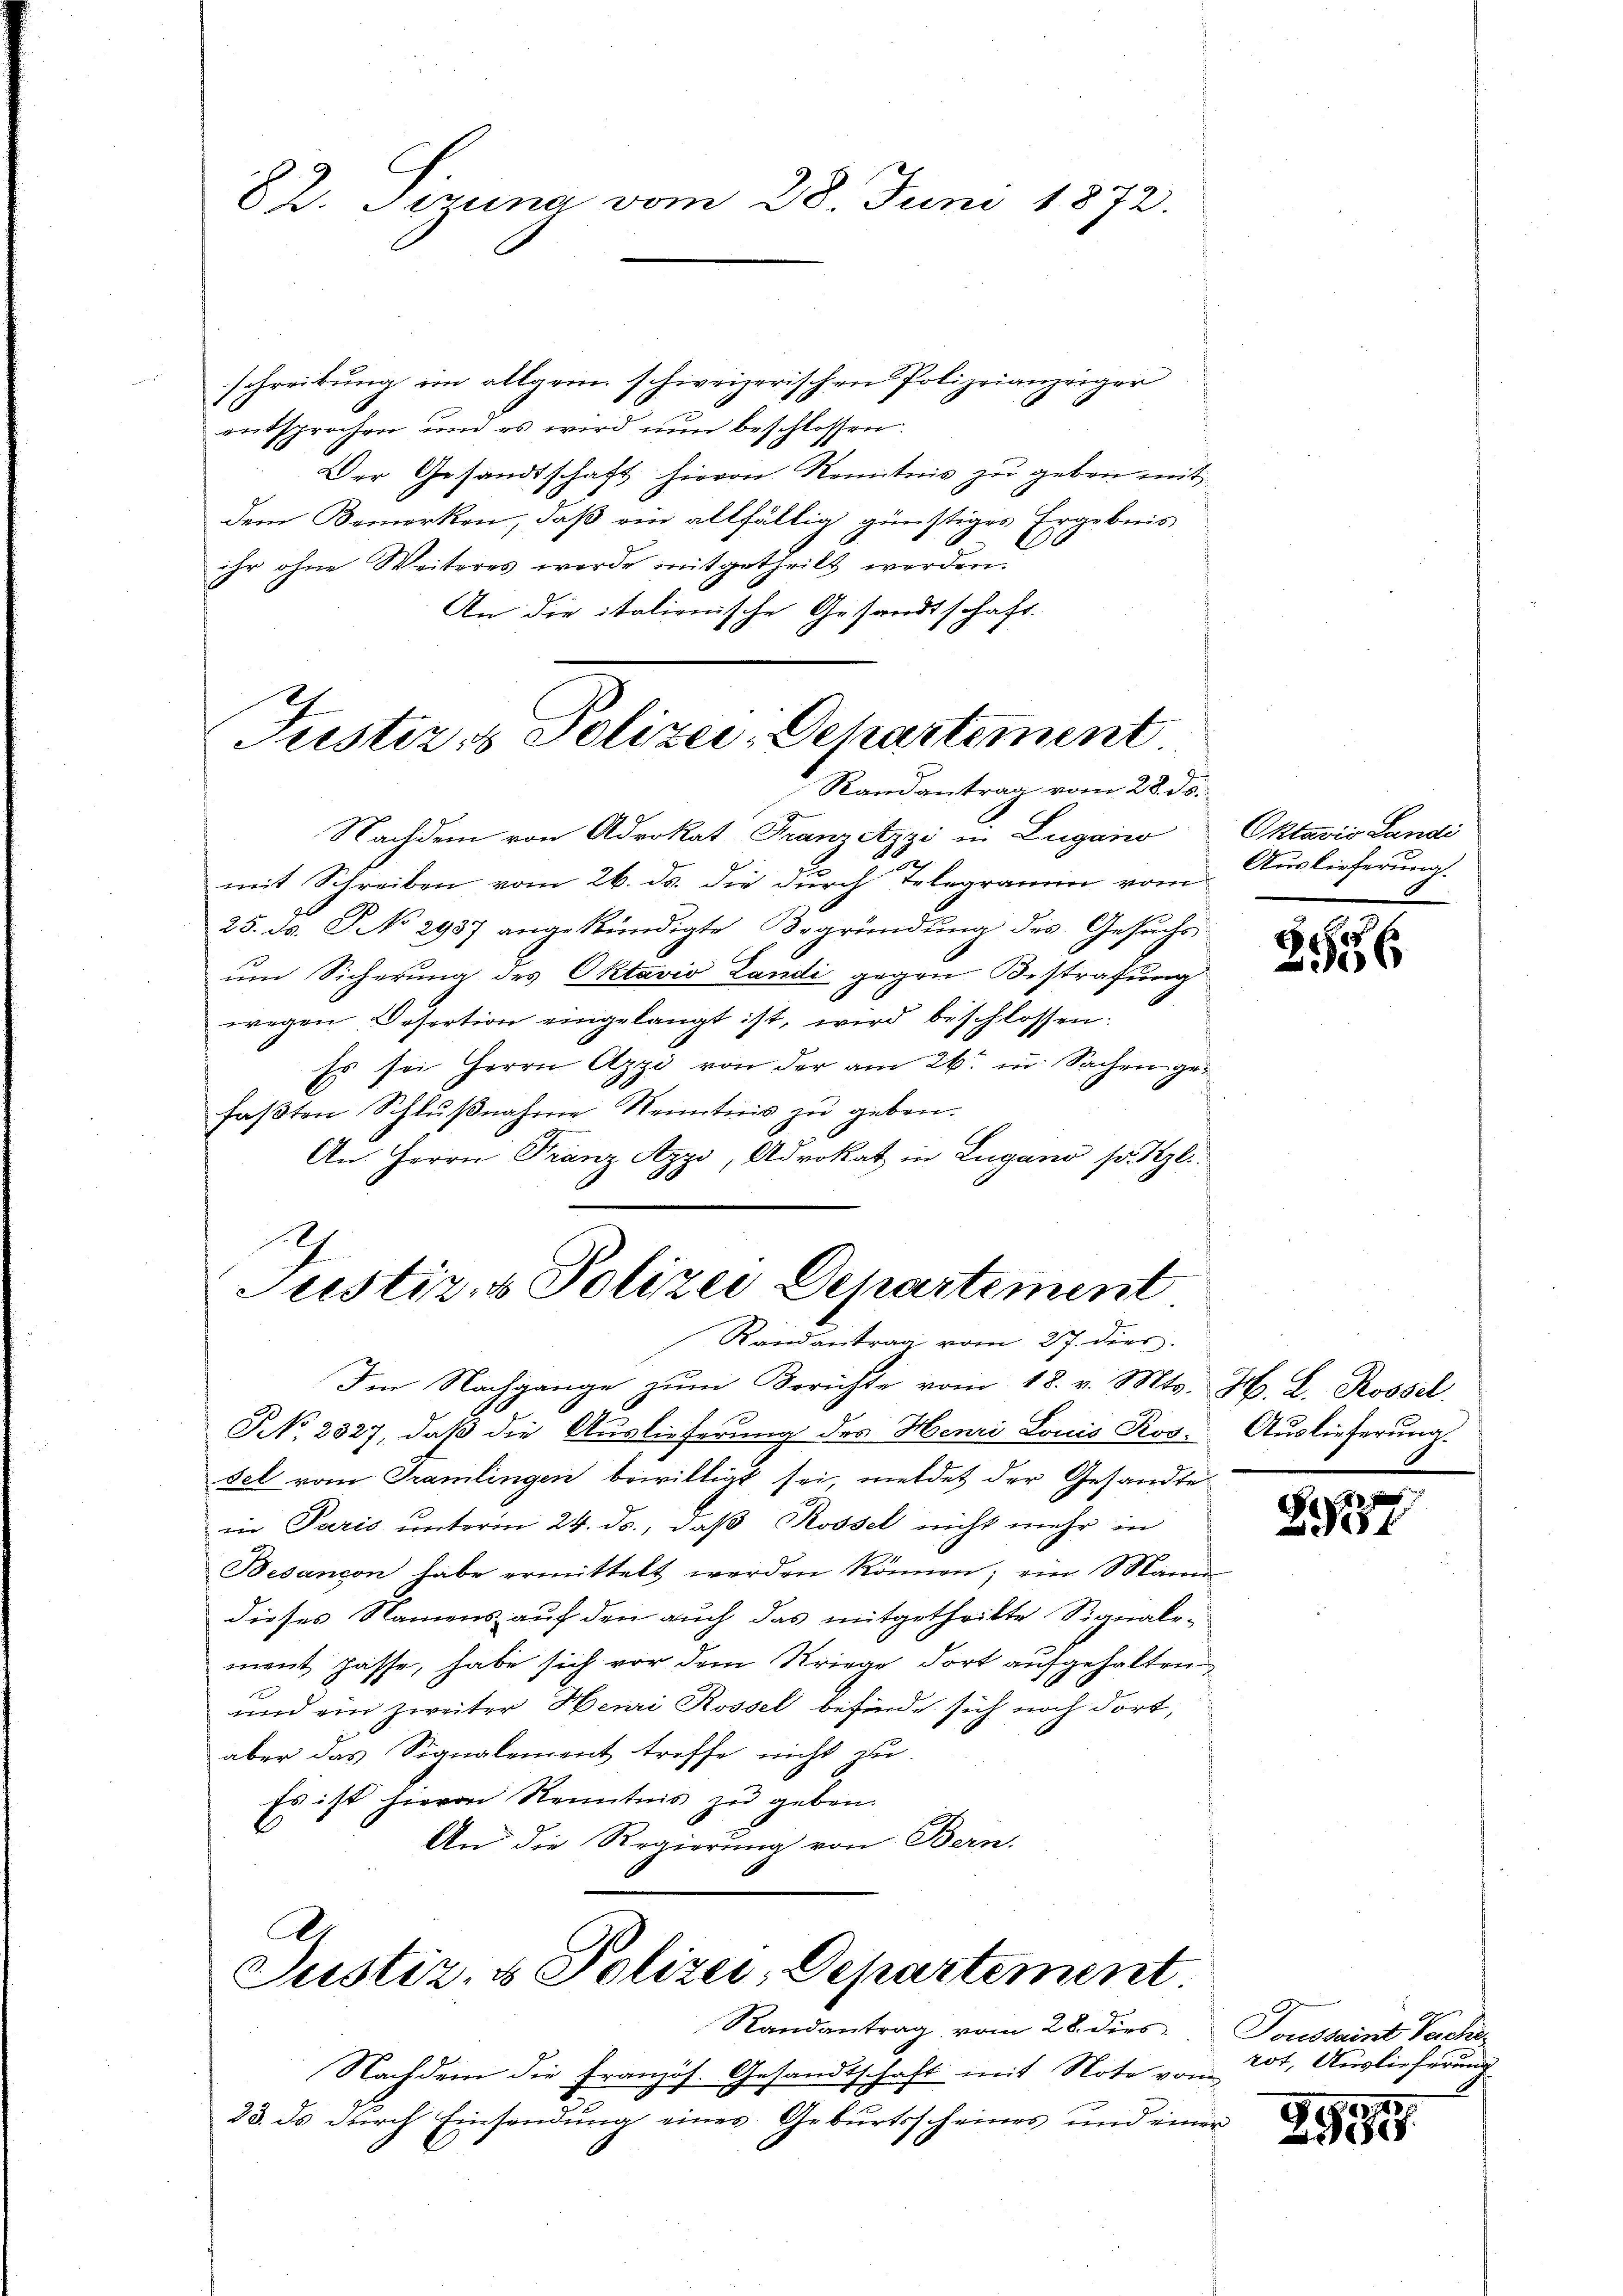
schreibung im allgem. schweizerischen Polizeianzeiger
entsprochen und es wird nun beschlossen.
Der Gesandtschaft hievon Kenntnis zu geben mit
dem Bemerken, daß ein allfällig günstiges Ergebnis
ihr ohne Weiteres werde mitgetheilt werden.
An die italienische Gesandtschaft.

82. Strina vom 28. Juni 1872.

Justiz- & Polizei: Departement
Randantrag vom 28. ds.

Nachdem von Advokat Franz Azzi in Lugano
mit Schreiben vom 26. ds. die durch Telegramm vom
25. ds. No 2987 angekündigte Begründung des Gesŭchs-
um Sicherung des Oktavio Landi gegen Bestrafung
wegen Desertion eingelangt ist, wird beschlossen:
Es sei Herrn Azzi von der am 26. in Sachen gefaßten Schlŭβnahme Kenntnis zu geben.
An Herrn Franz Azzi, Advokat in Lugano fr. Vgl.
Im Nachgange zŭm Berichte vom 18. v. Mts. H. L. Rossel
NNo. 2327, daß die Auslieferung des Henri Louis Kos. Auslieferung
sel vom Tramlingen bewilligt sei, meldet der Gesandte
in Paris unterm 24. ds., daß Rossel nicht mehr in
Besançon habe ermittelt werden können; ein Manne
dieses Namens auf den auch das mitgetheilte Signale-
ment passe, habe sich vor dem Kriege dort aufgehalten
und ein zweiter Henri Rossel befinde sich noch dort,
aber das Signalement treffe nicht zu
Es ist hievon Kenntnis zu geben.
6
An die Regierung von Bern.
.
Justiz- & Polizei, Departement.
Randantrag vom 28. dies
Nachdem die Französ. Gesandtschaft mit Note von 20t, Auslieferung
23. ds durch Einsendung eines Geburtsscheines und einer

Justiz- & Polizei Departement
Randantrag vom 27. ders.

Oktavis Landi
Auslieferung
8

E
356

d
891

Toussaint Sache

10,725.
99
288